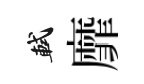
軾靡